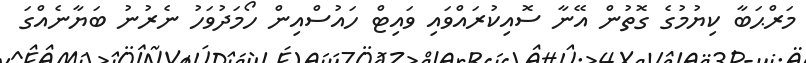
މަރްޙަބާ ކިޔުމުގެ ގޮތުން އޭނާ ސޮއިކުރައްވައި ވައިޓް ހައުސްއިން ހޯމަދުވަހު ނެރުނު ބަޔާނެއްގަ